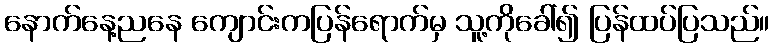
နောက်နေ့ညနေ ကျောင်းကပြန်ရောက်မှ သူ့ကိုခေါ်၍ ပြန်ထပ်ပြသည်။